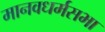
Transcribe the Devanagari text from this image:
मानवधर्मसभा